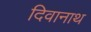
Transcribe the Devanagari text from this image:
दिवानाथ